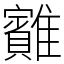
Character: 䨈